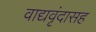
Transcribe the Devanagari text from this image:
वाद्यवृंदासह